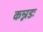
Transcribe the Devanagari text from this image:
कन्नडः